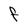
Character: F